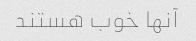
آنها خوب هستند